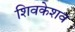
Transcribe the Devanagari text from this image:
शिवकेशव